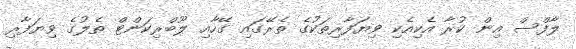
ލާފްސް އިން ކުރާ އެކިއެކި ވިޔަފާރިތަކުގެ ތެރޭގައި ގޭހާއި ލޫބްރިކަންޓް ތެލުގެ ވިޔަފާރި